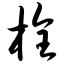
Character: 栓